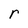
Character: r